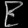
Digit: ၉